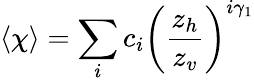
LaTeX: \langle\chi\rangle=\sum_{i}c_{i}\left(\frac{z_{h}}{z_{v}}\right)^{i\gamma_{1}}